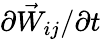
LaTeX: {\partial\vec{W}_{ij}}/{\partial t}